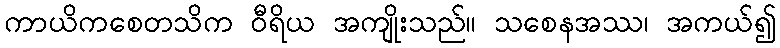
ကာယိကစေတသိက ဝီရိယ အကျိုးသည်။ သစေနအဿ၊ အကယ်၍